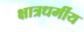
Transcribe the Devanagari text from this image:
क्षात्रधर्मीय